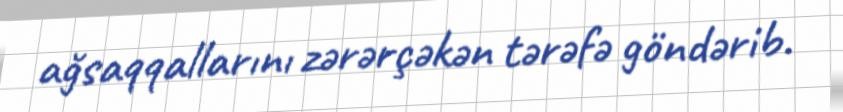
ağsaqqallarını zərərçəkən tərəfə göndərib.